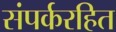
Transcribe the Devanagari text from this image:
संपर्करहित